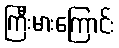
ကြီးမားကြောင်း